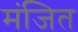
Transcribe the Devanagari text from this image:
मंजित